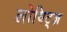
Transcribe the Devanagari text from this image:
लोविट्ज़